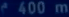
400 m